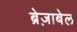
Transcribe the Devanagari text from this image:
ब्रेज़ाबेल